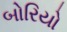
બોરિયો